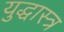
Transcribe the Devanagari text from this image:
युद्धास्त्र